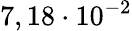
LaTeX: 7,18\cdot 10^{-2}